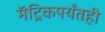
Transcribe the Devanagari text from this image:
मॅट्रिकपर्यंतही